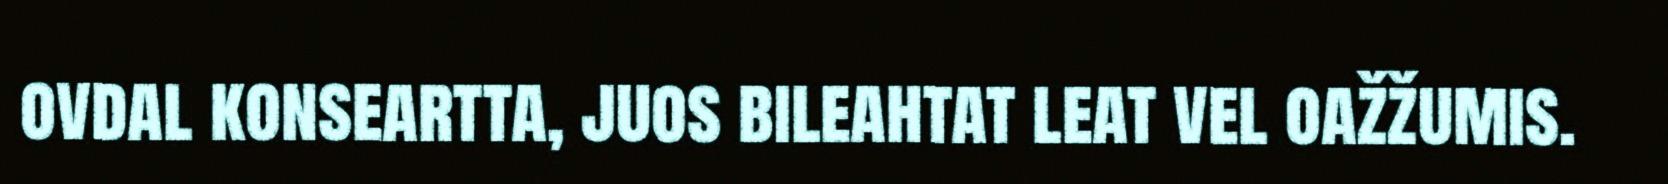
ovdal konseartta, juos bileahtat leat vel oažžumis.